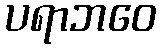
ပရာဘဝေ